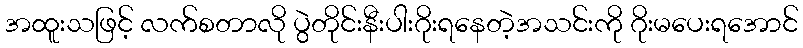
အထူးသဖြင့် လက်စတာလို ပွဲတိုင်းနီးပါးဂိုးရနေတဲ့အသင်းကို ဂိုးမပေးရအောင်